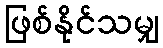
ဖြစ်နိုင်သမျှ